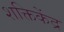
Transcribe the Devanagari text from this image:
शक्तिकेंद्र